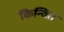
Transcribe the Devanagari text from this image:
किन्वित